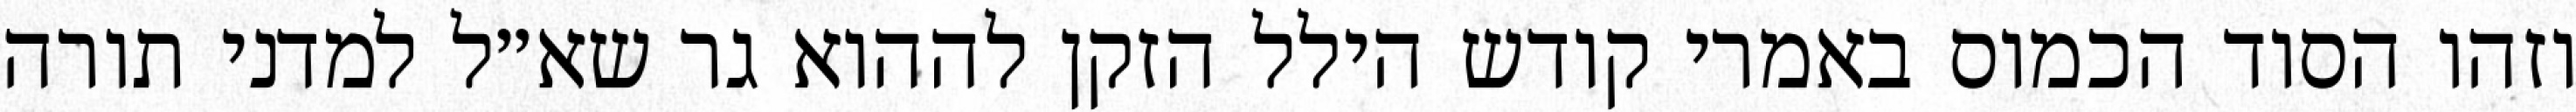
וזהו הסוד הכמוס באמרי קודש הילל הזקן לההוא גר שא״ל למדני תורה